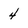
Character: 4